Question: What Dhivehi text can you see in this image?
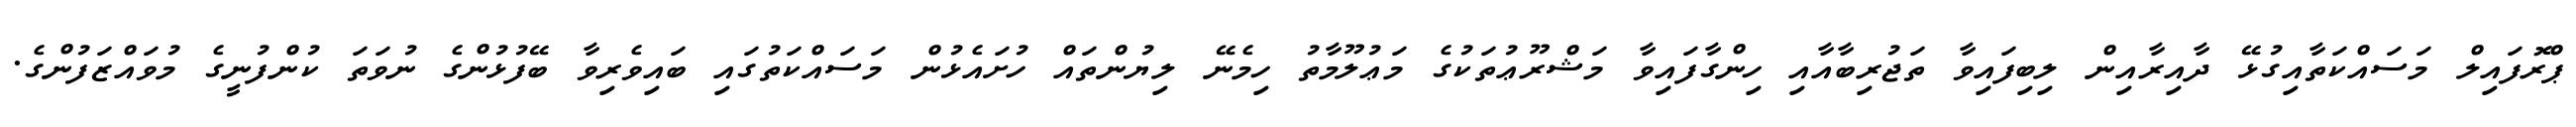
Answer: ޕްރޮފައިލް މަސައްކަތާއިގުޅޭ ދާއިރާއިން ލިބިފައިވާ ތަޖުރިބާއާއި ހިންގާފައިވާ މަޝްރޫޢުތަކުގެ މަޢުލޫމާތު ހިމެނޭ ލިޔުންތައް ހުށައެޅުން މަސައްކަތުގައި ބައިވެރިވާ ބޭފުޅުންގެ ނުވަތަ ކުންފުނީގެ މުވައްޒަފުންގެ.